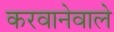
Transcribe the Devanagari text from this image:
करवानेवाले